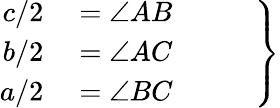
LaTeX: \left.\begin{array}{rl}{c/2}&{{}=\angle AB}\\ {b/2}&{{}=\angle AC}\\ {a/2}&{{}=\angle BC\phantom{ZZZZ}}\end{array}\right\}